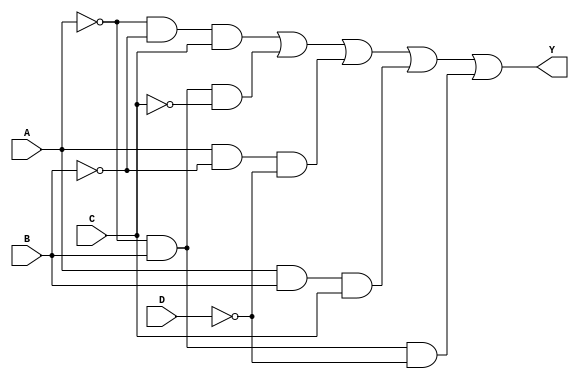
module kmap_4var (
    input wire A,  // Input variable A
    input wire B,  // Input variable B
    input wire C,  // Input variable C
    input wire D,  // Input variable D
    output wire Y  // Output of the combinational logic
);

// K-map output values (example values)
wire [15:0] kmap; // 4x4 K-map represented as a 16-bit vector

// Fill the K-map based on the truth table
assign kmap[0]  = 1'b0; // Minterm 0 (0000)
assign kmap[1]  = 1'b1; // Minterm 1 (0001)
assign kmap[2]  = 1'b1; // Minterm 2 (0010)
assign kmap[3]  = 1'b0; // Minterm 3 (0011)
assign kmap[4]  = 1'b1; // Minterm 4 (0100)
assign kmap[5]  = 1'b1; // Minterm 5 (0101)
assign kmap[6]  = 1'b1; // Minterm 6 (0110)
assign kmap[7]  = 1'b0; // Minterm 7 (0111)
assign kmap[8]  = 1'b1; // Minterm 8 (1000)
assign kmap[9]  = 1'b1; // Minterm 9 (1001)
assign kmap[10] = 1'b0; // Minterm 10 (1010)
assign kmap[11] = 1'b0; // Minterm 11 (1011)
assign kmap[12] = 1'b1; // Minterm 12 (1100)
assign kmap[13] = 1'b1; // Minterm 13 (1101)
assign kmap[14] = 1'b1; // Minterm 14 (1110)
assign kmap[15] = 1'b0; // Minterm 15 (1111)

// Simplified Boolean expression derived from the K-map
// Example: Y = A'B'C + A'BC' + AB'D' + ABC + A'B'D
assign Y = (~A & ~B & C) | (~A & B & ~C) | (A & ~B & ~D) | (A & B & C) | (~A & B & ~D);

endmodule